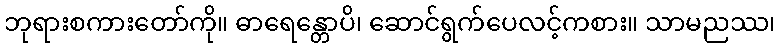
ဘုရားစကားတော်ကို။ ဓာရေန္တောပိ၊ ဆောင်ရွက်ပေလင့်ကစား။ သာမညဿ၊